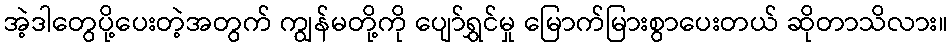
အဲ့ဒါတွေပို့ပေးတဲ့အတွက် ကျွန်မတို့ကို ပျော်ရွှင်မှု မြောက်မြားစွာပေးတယ် ဆိုတာသိလား။